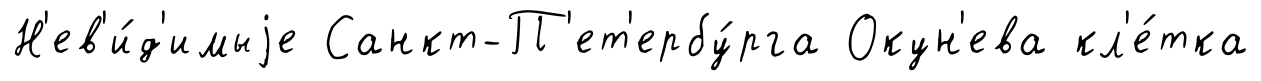
Н'ев'и́д'имыjе Санкт-П'ет'ербу́рга Окун'ева кл'е́тка